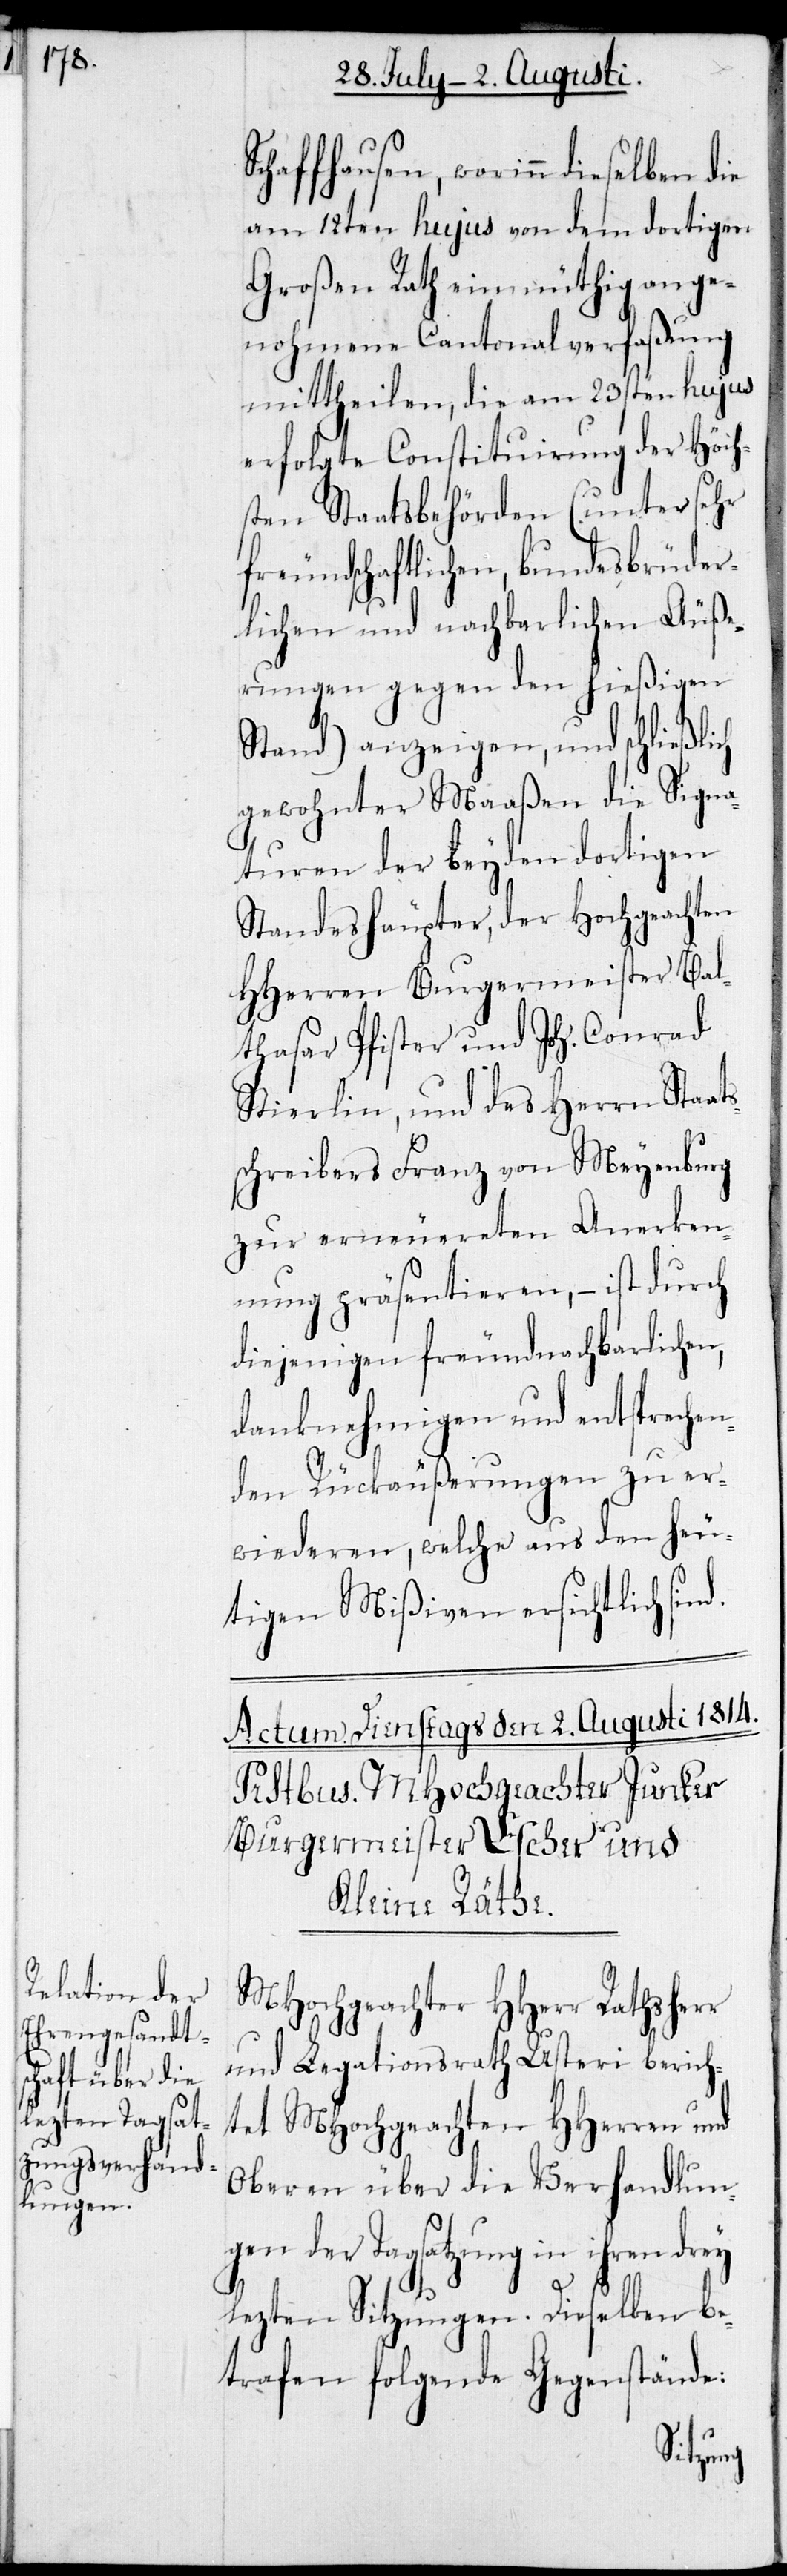
s¬

Schaffhausen, worinn dieselben
am 12ten hujus von dem dortigen
Großen Rath einmüthig ange¬
nohmene Cantonalverfaßung
mittheilen, die am 23sten hujus
erfolgte Constituirung der Höch¬
sten Staatsbehörden (unter sehr
freundschaftlichen, bundesbrüder¬
lichen und nachbarlichen Äuße¬
rungen gegen den hießigen
Stand) anzeigen, und schließli¬
gewohnter Maaßen die Signa¬
turen der beyden dortigen
Standeshäupter, der Hochgeachten
HHerren Burgermeister Bal¬
thasar Pfister und Joh. Conrad
Stierlin, und des Herrn Staat¬
schreibers Franz von Meyenburg
zur erneuereten Anerken¬
nung präsentieren, – ist durch
diejenigen freundnachbarlichen,
danknehmigen und entsprechen¬
den Rückäußerungen zu er¬
wiederen, welche aus den heu¬
tigen Mißiven ersichtlich
MHochgeachter HHerr Rathsher¬
r und Legationsrath Usteri berich¬
tet MHochgeachten HHerren und
Oberen über die Verhandlun¬
gen der Tagsatzung in ihren drey
lezten Sitzungen. Dieselben be¬
trafen folgende Gegenstände: